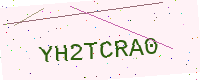
Text: YH2TCRA0